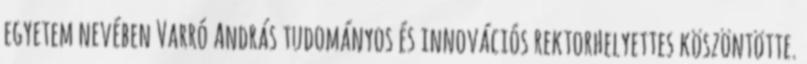
egyetem nevében Varró András tudományos és innovációs rektorhelyettes köszöntötte.